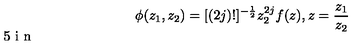
\phi ( z _ { 1 } , z _ { 2 } ) = [ ( 2 j ) ! ] ^ { - \frac { 1 } { 2 } } z _ { 2 } ^ { 2 j } f ( z ) , \vspace { . 5 i n } z = \frac { z _ { 1 } } { z _ { 2 } }